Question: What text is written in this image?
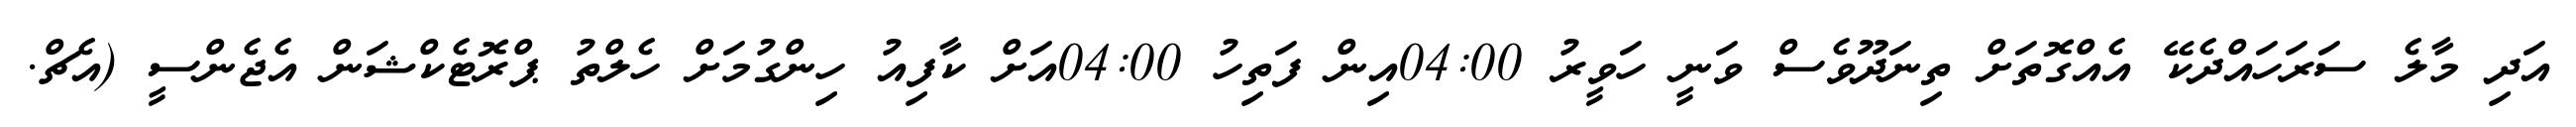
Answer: އަދި މާލެ ސަރަހައްދެކޭ އެއްގޮތަށް ތިނަދޫވެސް ވަނީ ހަވީރު 04:00އިން ފަތިހު 04:00އަށް ކާފިއު ހިންގުމަށް ހެލްތު ޕްރޮޓެކްޝަން އެޖެންސީ (އެޗް.